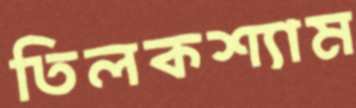
তিলকশ্যাম